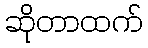
ဆိုတာထက်